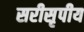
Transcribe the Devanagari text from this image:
सरीसृपीय